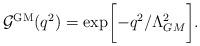
LaTeX: \begin{align*}{\cal G}^{\rm GM}(q^2)=\exp\biggl[-q^2/\Lambda_{GM}^2\biggr].\end{align*}